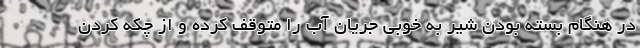
در هنگام بسته بودن شیر به خوبی جریان آب را متوقف کرده و از چکه کردن